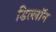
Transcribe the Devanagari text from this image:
डिल्लॉन